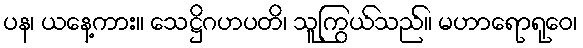
ပန၊ ယနေ့ကား။ သေဋ္ဌိဂဟပတိ၊ သူကြွယ်သည်။ မဟာရောရုဝေ၊